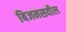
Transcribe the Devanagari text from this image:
बिजनसवील